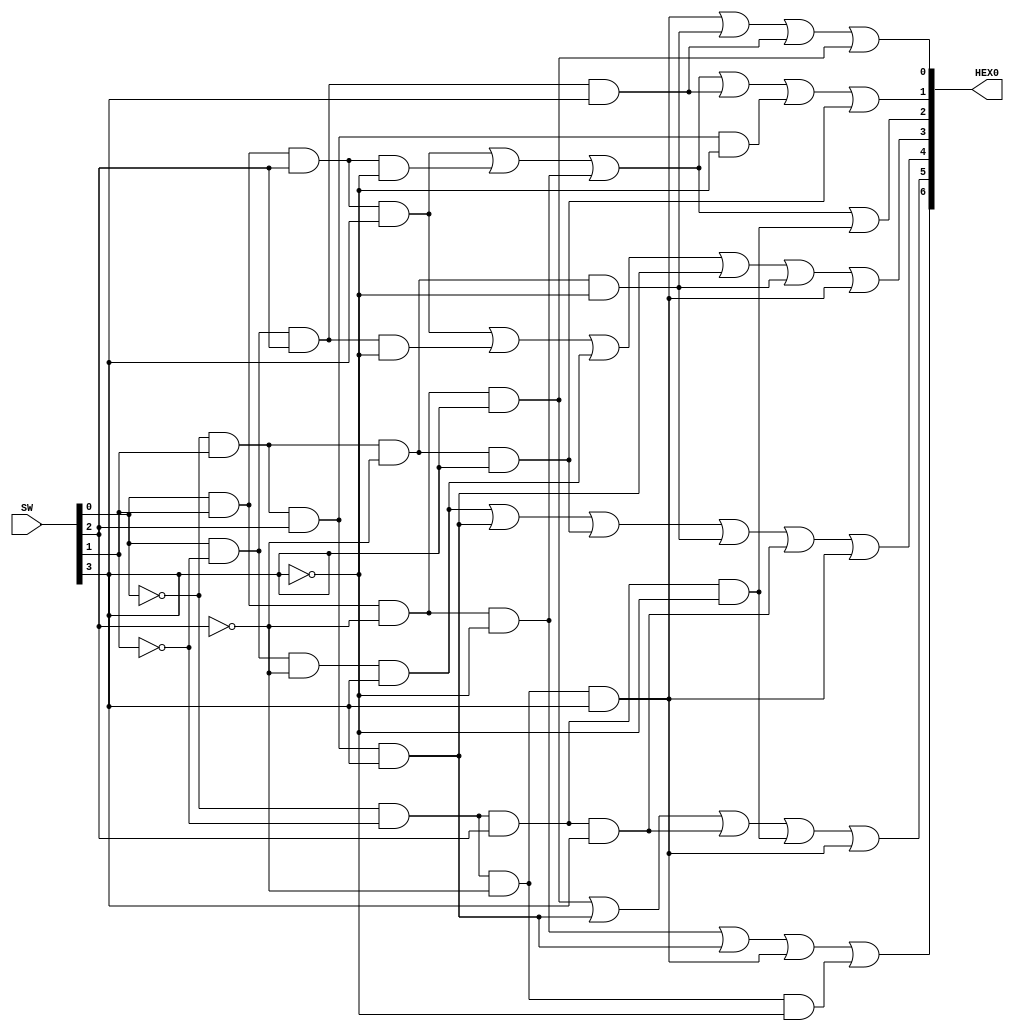
`timescale 1ns / 1ns // `timescale time_unit/time_precision
module seg7_HEX0 (input [3:0]SW, output [6:0] HEX0);
    /*
        0  1  2  3  4  5  6
    0 - 0, 0, 0, 0, 0, 0, 1
    1 - 1, 0, 0, 1, 1, 1, 1
    2 - 0, 0, 1, 0, 0, 1, 0
    3 - 0, 0, 0, 0, 1, 1, 0
    4 - 1, 0, 0, 1, 1, 0, 0
    5 - 0, 1, 0, 0, 1, 0, 0
    6 - 0, 1, 0, 0, 0, 0, 0
    7 - 0, 0, 0, 1, 1, 1, 1
    8 - 0, 0, 0, 0, 0, 0, 0
    9 - 0, 0, 0, 1, 1, 0, 0
    A - 0, 0, 0, 1, 0, 0, 0
    b - 1, 1, 0, 0, 0, 0, 0
    C - 0, 1, 1, 0, 0, 0, 1
    d - 1, 0, 0, 0, 0, 1, 0
    E - 0, 1, 1, 0, 0, 0, 0
    F - 0, 1, 1, 1, 0, 0, 0
    */

    assign HEX0[0] = (~ SW[0] & ~ SW[1] & ~ SW[2] & SW[3]) | (~ SW[0] & SW[1] & ~ SW[2] & ~ SW[3]) | (SW[0] & ~ SW[1] & SW[2] & SW[3]) | (SW[0] & SW[1] & ~ SW[2] & SW[3]);
    assign HEX0[1] = (SW[0] & SW[1] & SW[2] & SW[3]) | (SW[0] & SW[1] & SW[2] & ~ SW[3]) | (SW[0] & SW[1] & ~ SW[2] & ~ SW[3]) | (SW[0] & ~ SW[1] & SW[2] & SW[3]) | (~ SW[0] & SW[1] & SW[2] & ~ SW[3]) | (~ SW[0] & SW[1] & ~ SW[2] & SW[3]);
    assign HEX0[2] = (SW[0] & SW[1] & SW[2] & SW[3]) | (SW[0] & SW[1] & SW[2] & ~ SW[3]) | (SW[0] & SW[1] & ~ SW[2] & ~ SW[3]) | (~ SW[0] & ~ SW[1] & SW[2] & ~ SW[3]);
    assign HEX0[3] = (SW[0] & SW[1] & SW[2] & SW[3]) | (SW[0] & ~ SW[1] & SW[2] & ~ SW[3]) | (SW[0] & ~ SW[1] & ~ SW[2] & SW[3]) | (~ SW[0] & SW[1] & SW[2] & SW[3]) | (~ SW[0] & SW[1] & ~ SW[2] & ~ SW[3]) | (~ SW[0] & ~ SW[1] & ~ SW[2] & SW[3]);
    assign HEX0[4] = (SW[0] & ~ SW[1] & ~ SW[2] & SW[3]) | (~ SW[0] & SW[1] & SW[2] & SW[3]) | (~ SW[0] & SW[1] & ~ SW[2] & SW[3]) | (~ SW[0] & SW[1] & ~ SW[2] & ~ SW[3]) | (~ SW[0] & ~ SW[1] & SW[2] & SW[3]) | (~ SW[0] & ~ SW[1] & ~ SW[2] & SW[3]);
    assign HEX0[5] = (SW[0] & SW[1] & ~ SW[2] & SW[3]) | (~ SW[0] & SW[1] & SW[2] & SW[3]) | (~ SW[0] & ~ SW[1] & SW[2] & SW[3]) | (~ SW[0] & ~ SW[1] & SW[2] & ~ SW[3]) | (~ SW[0] & ~ SW[1] & ~ SW[2] & SW[3]);
    assign HEX0[6] = (SW[0] & SW[1] & ~ SW[2] & ~ SW[3]) | (~ SW[0] & SW[1] & SW[2] & SW[3]) | (~ SW[0] & ~ SW[1] & ~ SW[2] & SW[3]) | (~ SW[0] & ~ SW[1] & ~ SW[2] & ~ SW[3]);
endmodule